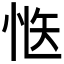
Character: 𭜱